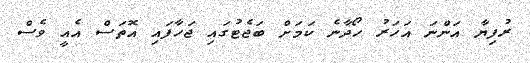
ރުފިޔާ އަންނަ އަހަރު ހޯދާނެ ކަމަށް ބަޖެޓުގައި ޖަހާފައި އޮތަސް އެއީ ވެސް